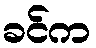
ခင်က